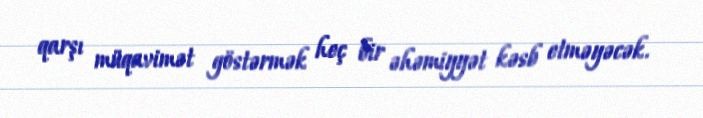
qarşı müqavimət göstərmək heç bir əhəmiyyət kəsb etməyəcək.